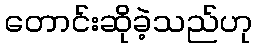
တောင်းဆိုခဲ့သည်ဟု